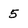
Character: 5